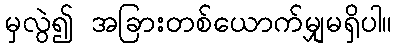
မှလွဲ၍ အခြားတစ်ယောက်မျှမရှိပါ။